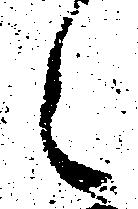
々